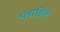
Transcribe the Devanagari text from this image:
प्लासिल